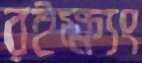
রইক্ষ্যং